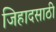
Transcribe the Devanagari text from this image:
जिहादसाठी